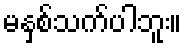
မနှစ်သက်ပါဘူး။